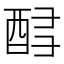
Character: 𲆬